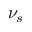
\nu _ { s }